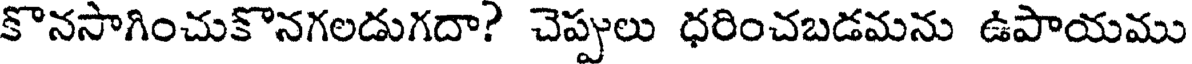
కొనసాగించుకొనగలడుగదా? చెప్పులు ధరించబడమను ఉపాయము